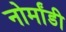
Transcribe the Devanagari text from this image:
नोर्मांडी